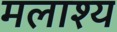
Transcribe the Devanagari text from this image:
मलाश्य